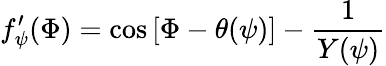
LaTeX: f_{\psi}^{\prime}(\Phi)=\cos\left[\Phi-\theta(\psi)\right]-\frac{1}{Y(\psi)}